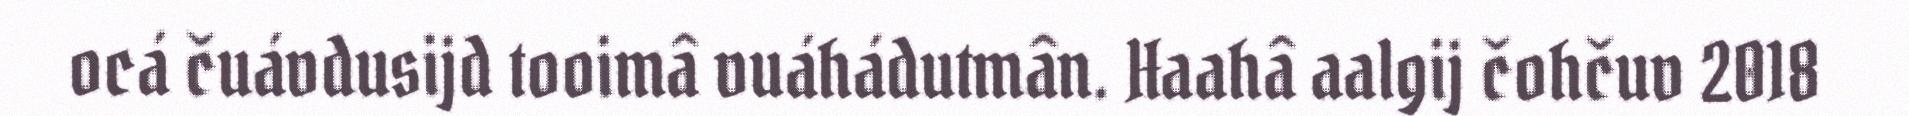
ocá čuávdusijd tooimâ vuáhádutmân. Haahâ aalgij čohčuv 2018